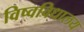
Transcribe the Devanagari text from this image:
विष्वविधालय